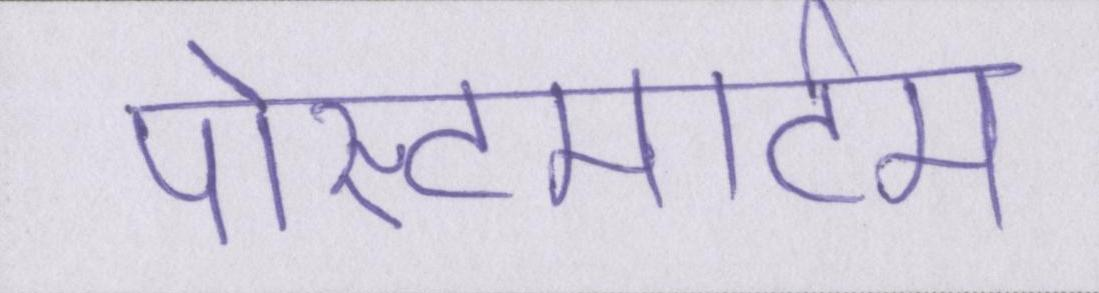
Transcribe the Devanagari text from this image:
पोस्टमार्टम